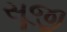
સૂજી